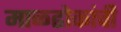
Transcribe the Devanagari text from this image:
माळढोकांची